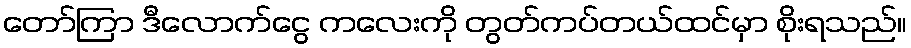
တော်ကြာ ဒီလောက်ငွေ ကလေးကို တွတ်ကပ်တယ်ထင်မှာ စိုးရသည်။